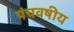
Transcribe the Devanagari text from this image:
पंचवषीय